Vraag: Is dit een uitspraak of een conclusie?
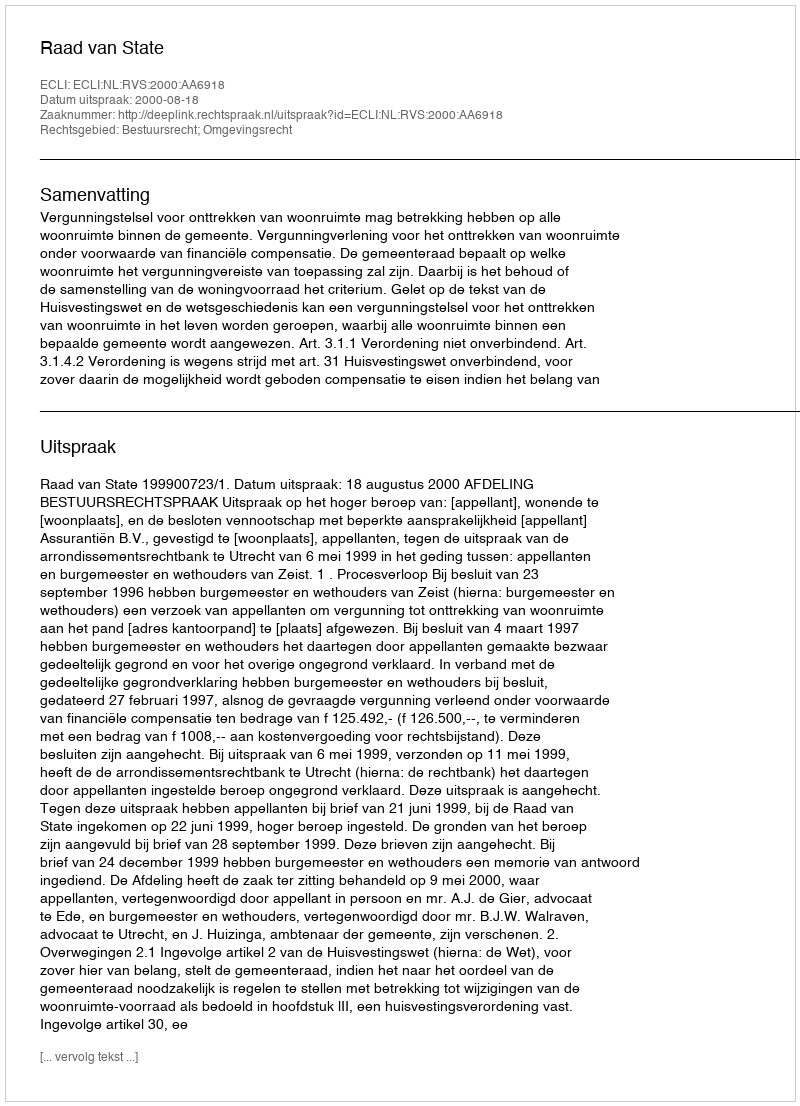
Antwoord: Uitspraak